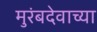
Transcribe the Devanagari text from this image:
मुरंबदेवाच्या